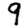
Digit: 9